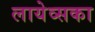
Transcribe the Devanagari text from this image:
लायेव्सका